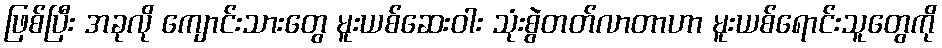
ဖြစ်ပြီး အခုလို ကျောင်းသားတွေ မူးယစ်ဆေးဝါး သုံးစွဲတတ်လာတာဟာ မူးယစ်ရောင်းသူတွေကို